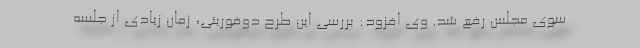
سوی مجلس رفع شد. وی افزود: بررسی این طرح دوفوریتی، زمان زیادی از جلسه